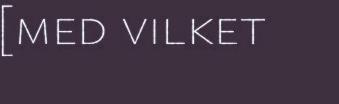
[med vilket